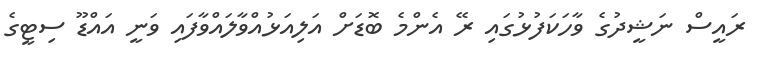
ރައީސް ނަޝީދުގެ ވާހަކަފުޅުގައި ރޭ އެންމެ ބޮޑަށް އަލިއަޅުއްވާލައްވާފައި ވަނީ އައްޑޫ ސިޓީގެ